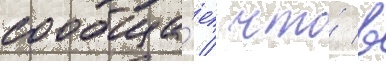
сообща́ет / что́ в